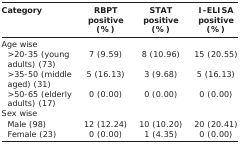
| Category | RBPT positive (%) | STAT positive (%) | I-ELISA positive (%) |
 | --- | --- | --- | --- |
 | Age wise |  |  |  |
 | >20-35 (young adults) (73) | 7 (9.59) | 8 (10.96) | 15 (20.55) |
 | >35-50 (middle aged) (31) | 5 (16.13) | 3 (9.68) | 5 (16.13) |
 | >50-65 (elderly adults) (17) | 0 (0.00) | 0 (0.00) | 0 (0.00) |
 | Sex wise |  |  |  |
 | Male (98) | 12 (12.24) | 10 (10.20) | 20 (20.41) |
 | Female (23) | 0 (0.00) | 1 (4.35) | 0 (0.00) |